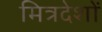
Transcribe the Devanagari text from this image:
मित्रदेशों